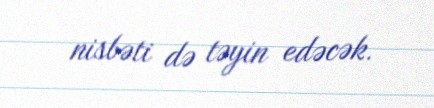
nisbəti də təyin edəcək.